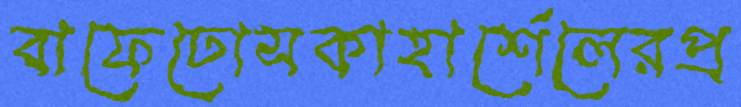
বাফেঢোসকাহার্শেলেরপ্র